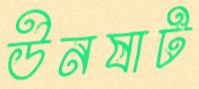
উনষাট